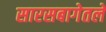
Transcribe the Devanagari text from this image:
सारसबागेतले